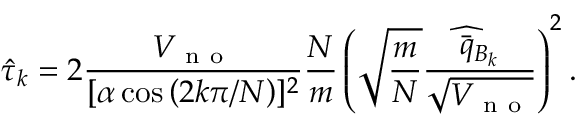
\hat { \tau } _ { k } = 2 \frac { V _ { \mathrm { ~ n ~ o ~ } } } { [ \alpha \cos \left( 2 k \pi / N \right) ] ^ { 2 } } \frac { N } { m } \left( \sqrt { \frac { m } { N } } \frac { \widehat { \bar { q } _ { B _ { k } } } } { \sqrt { V _ { \mathrm { ~ n ~ o ~ } } } } \right) ^ { 2 } .